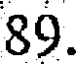
89.